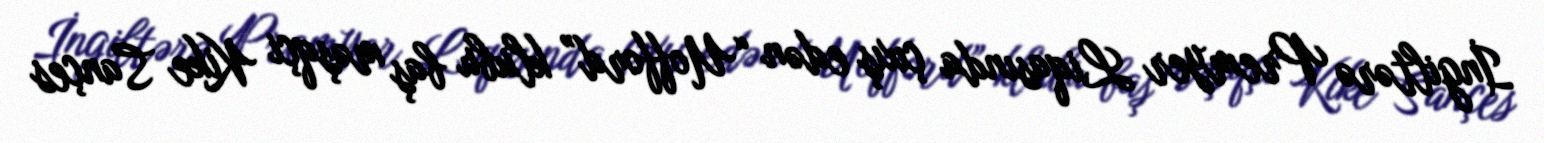
İngiltərə Premyer Liqasında çıxış edən “Uofford” klubu baş məşqçi Kike Sançes